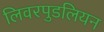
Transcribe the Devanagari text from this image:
लिवरपुडलियन